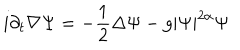
i \partial _ { t } \nabla \Psi = - \frac 1 2 \Delta \Psi - g | \Psi | ^ { 2 \alpha } \Psi